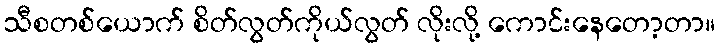
သီစတစ်ယောက် စိတ်လွတ်ကိုယ်လွတ် လိုးလို့ ကောင်းနေတော့တာ။